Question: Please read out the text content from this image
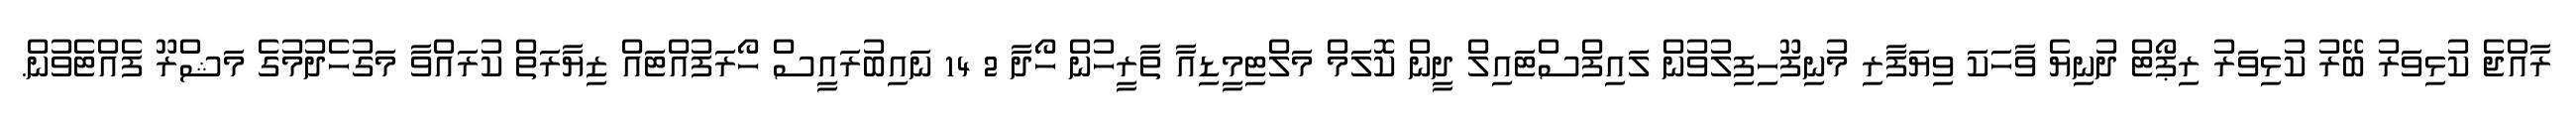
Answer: ރާއްޖެ ކުޅިވަރު ބޭރު ކުޅިވަރު ރިޕޯޓް ދުނިޔެ ވާހަކަ ވިޔަފާރި މުނިފޫހިފިލުވުން ލައިފްސްޓައިލް ދީން ކޮލަމް މަލްޓިމީޑިއާ ތާރީހުން ހޯދާ 2 14 ނައިބުރައީސް ހޯރަފުއްޓައް ޒިޔާރަތް ކުރައްވާ މަގުހެދުމުގެ މަޝްރޫ ފެއްޓެވުން.